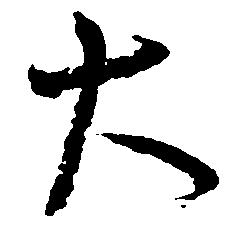
大